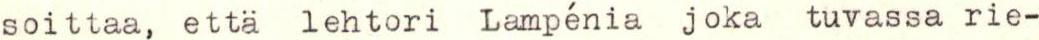
soittaa, etta lehtori Lampénia joka tuvassa rie-